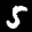
Label: 5